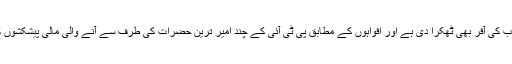
انہوں نے سعودی عرب کی آفر بھی ٹھکرا دی ہے اور افواہوں کے مطابق پی ٹی آئی کے چند امیر ترین حضرات کی طرف سے آنے والی مالی پیشکشوں کوبھی رد کر دیا ہے۔